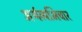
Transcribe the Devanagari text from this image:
अर्थव्यभिचार